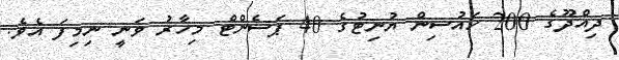
ދިއްދޫގެ 200 ހައުސިން ޔުނިޓުގެ 40 ޕަސެންޓް މިހާރު ވަނީ ނިމިފަ އެވެ.